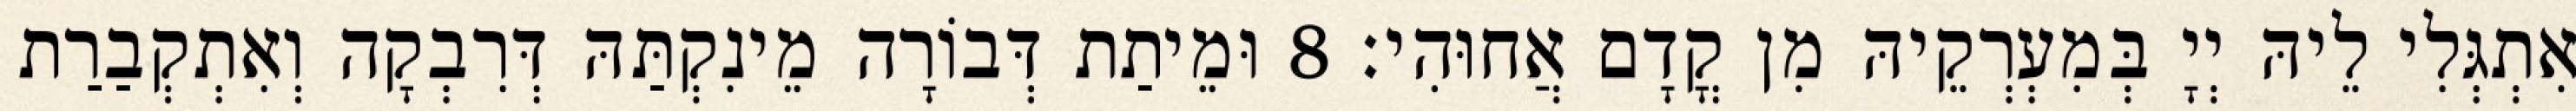
אִתְגְּלִי לֵיהּ יְיָ בְּמִעְרְקֵיהּ מִן קֳדָם אֲחוּהִי׃ 8 וּמֵיתַת דְּבוֹרָה מֵינִקְתַּהּ דְּרִבְקָה וְאִתְקְבַרַת